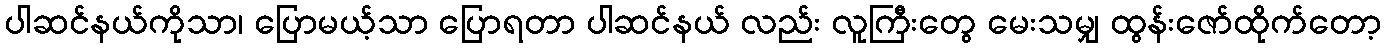
ပါဆင်နယ်ကိုသာ၊ ပြောမယ့်သာ ပြောရတာ ပါဆင်နယ် လည်း လူကြီးတွေ မေးသမျှ ထွန်းဇော်ထိုက်တော့